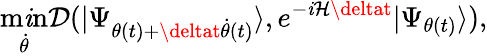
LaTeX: \operatorname*{m\mathit{i}n}_{\dot{{\theta}}}\mathcal{{D}}(|\Psi_{\theta(t)+\deltat\dot{{\theta}}(t)}\rangle,e^{-\mathit{i}\mathcal{{H}}\deltat}|\Psi_{\theta(t)}\rangle),